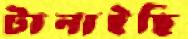
টানাইছি